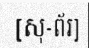
[សុ-ព័រ]